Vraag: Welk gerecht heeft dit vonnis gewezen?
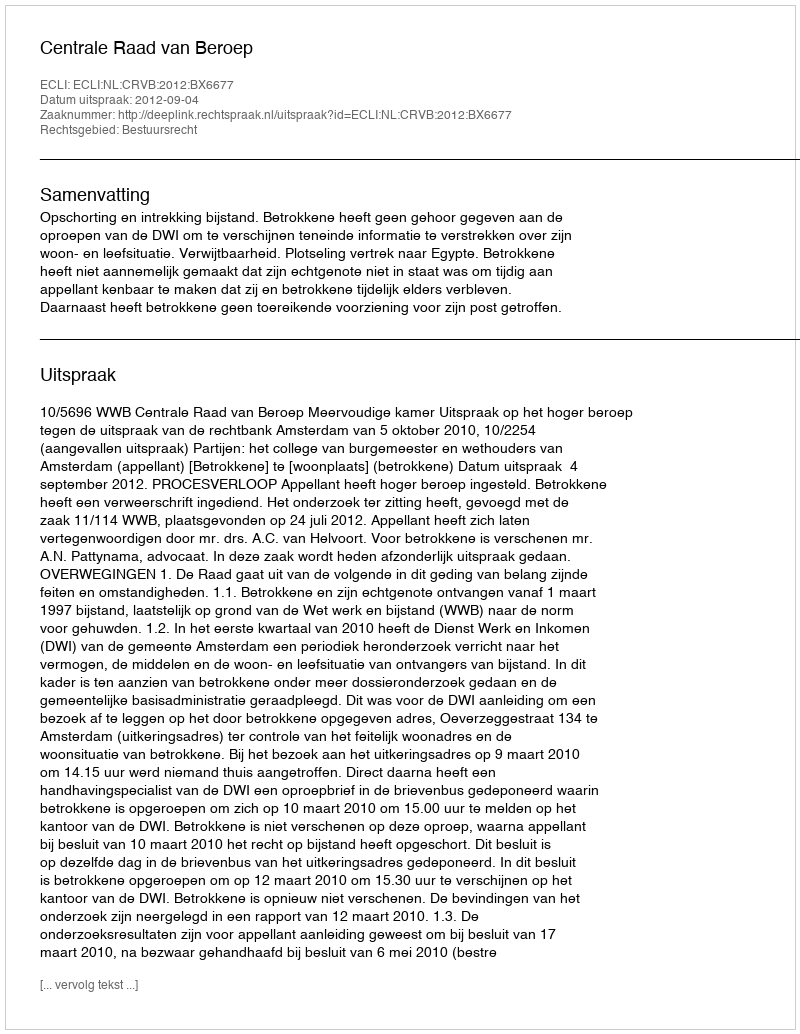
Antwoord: Centrale Raad van Beroep